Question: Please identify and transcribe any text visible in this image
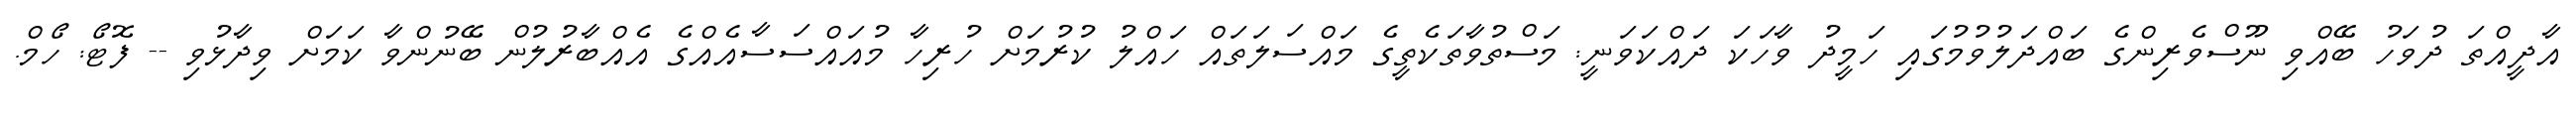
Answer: އާދީއްތަ ދުވަހު ބޭއްވި ނޫސްވެރިންގެ ބައްދަލުވުމުގައި ހަމީދު ވާހަކަ ދައްކަވަނީ: މަސްތުވާތަކެތީގެ މައްސަލަތައް ހައްލު ކުރުމަށް ހުރިހާ މުއައްސަސާއެއްގެ އެއްބާރުލުން ބޭނުންވާ ކަމަށް ވިދާޅުވި -- ފޮޓޯ: ހޯމް.